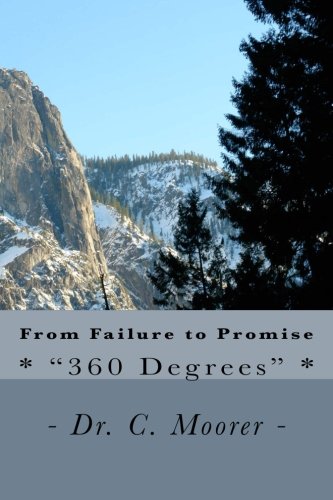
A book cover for From Failure to Promise: - "360 Degrees" -; Dr. C. Moorer; Biographies & Memoirs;